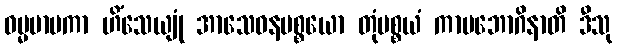
ဓမ္မမာမကာ ဟိံသေယျုံ အာသေဝနပစ္စယော တုံပစ္စယံ ကာမဘောဂိနာတိ ဒီသု